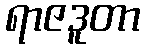
ရာဇဒူတာ